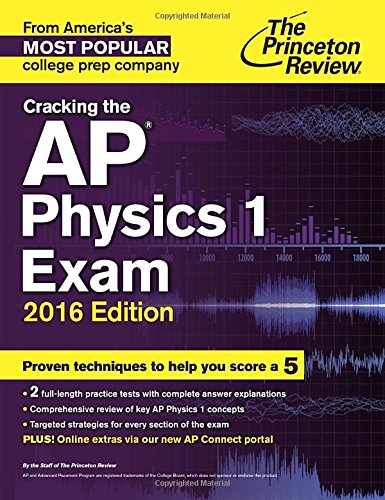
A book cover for Cracking the AP Physics 1 Exam, 2016 Edition (College Test Preparation); Princeton Review; Science & Math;